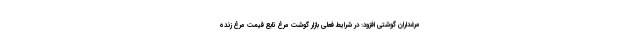
مرغداران گوشتی افزود: در شرایط فعلی بازار گوشت مرغ تابع قیمت مرغ زنده